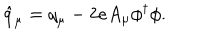
\hat { q } _ { \mu } = { q } _ { \mu } - 2 e A _ { \mu } \phi ^ { \dagger } \phi .